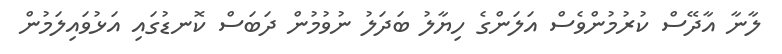
ލާނާ އާދޭސް ކުރުމުންވެސް އަލަންގެ ހިޔާލު ބަދަލު ނުވުމުން ދަބަސް ކޮނޑުގައި އަޅުވައިލަމުން